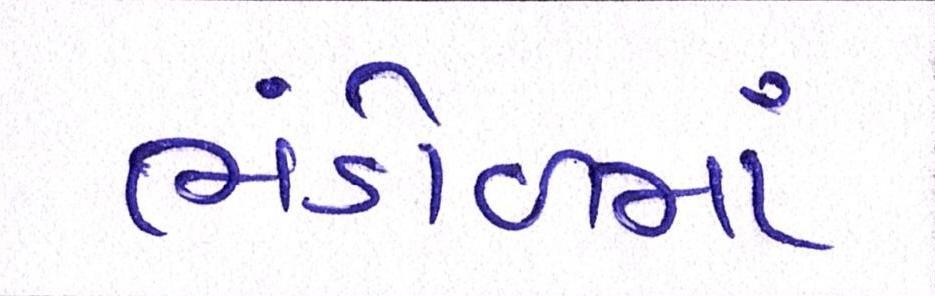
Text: ભંડોળમાં